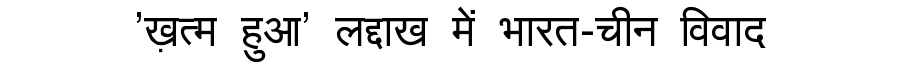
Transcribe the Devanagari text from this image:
'ख़त्म हुआ' लद्दाख में भारत-चीन विवाद